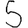
Digit: 5